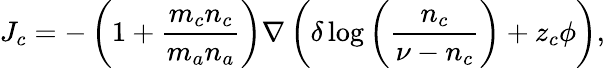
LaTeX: J_{c}=-\left(1+\frac{m_{c}n_{c}}{m_{a}n_{a}}\right)\nabla\left(\delta\log{\left(\frac{n_{c}}{\nu-n_{c}}\right)}+z_{c}\phi\right),